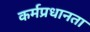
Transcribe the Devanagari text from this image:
कर्मप्रधानता